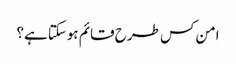
امن کس طرح قائم ہوسکتا ہے؟